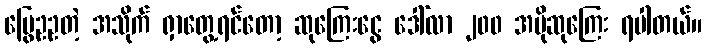
မြွေဥဥတဲ့ အသိုက် ရှာတွေ့ရင်တော့ ဆုကြေးငွေ ဒေါ်လာ ၂၀၀ အပိုဆုကြေး ရပါတယ်။